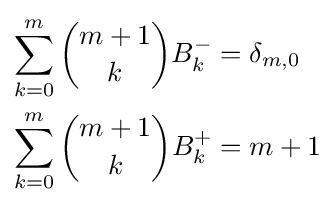
{\begin{aligned}\sum _{k=0}^{m}{\binom {m+1}{k}}B_{k}^{-{}}&=\delta _{m,0}\\\sum _{k=0}^{m}{\binom {m+1}{k}}B_{k}^{+{}}&=m+1\end{aligned}}